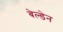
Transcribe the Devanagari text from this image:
बेल्डेन